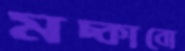
মচ্‌কাবো